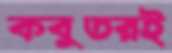
কবুতরই